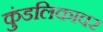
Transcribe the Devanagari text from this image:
कुंडलिकावर